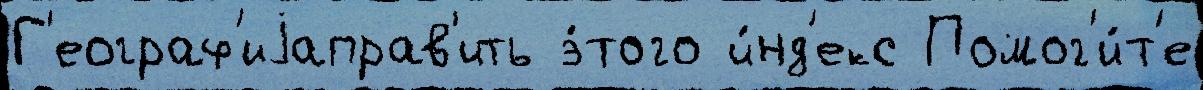
Г'еограф'иjаправ'ить э́того и́нд'екс Помог'и́т'е